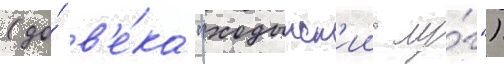
(до́ в'е́ка "ходынск'ии лу́г")